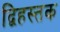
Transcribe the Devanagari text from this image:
द्विहस्तक